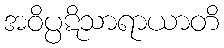
အဝိပ္ပဋိသာရာယာတိ